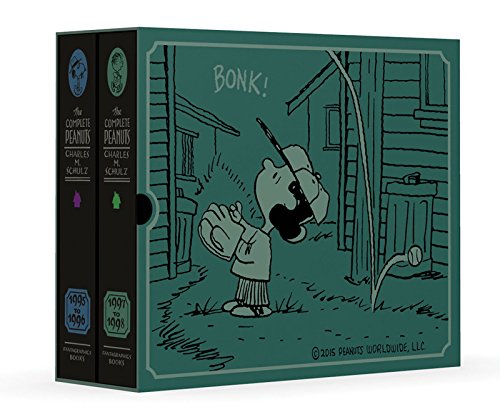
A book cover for The Complete Peanuts 1995-1998 Gift Box Set (Vol. 12)  (The Complete Peanuts); Charles M. Schulz; Comics & Graphic Novels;